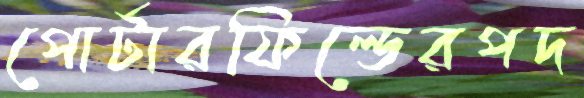
পোর্টারফিল্ডেরপদ